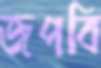
জপবি